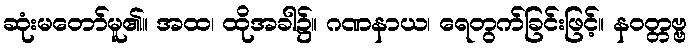
ဆုံးမတော်မူ၏။ အထ၊ ထိုအခါ၌။ ဂဏနာယ၊ ရေတွက်ခြင်းဖြင့်။ နဝတ္တဗ္ဗ